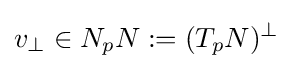
v_{\perp }\in N_{p}N:=(T_{p}N)^{\perp }